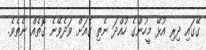
ގޭގައި ދިރި އުޅޭ މީހުންގެ ހުއްދަ ނެތި ގެއަށް ވަދެވޭނެ ގޮތެއް ނެތެވެ.